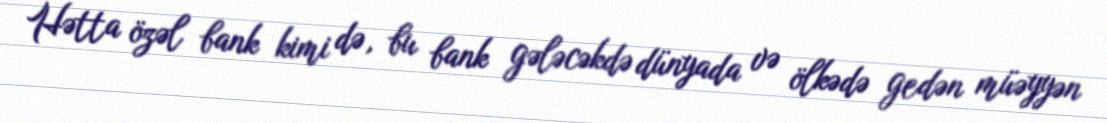
Hətta özəl bank kimi də, bu bank gələcəkdə dünyada və ölkədə gedən müəyyən